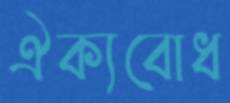
ঐক্যবোধ